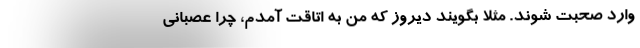
وارد صحبت شوند. مثلا بگویند دیروز که من به اتاقت آمدم، چرا عصبانی